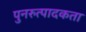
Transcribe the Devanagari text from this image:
पुनरुत्पादकता